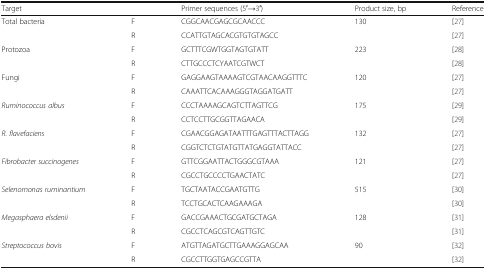
<table><thead><tr><td colspan="2"><b>Target</b></td><td><b>Primer sequences (5′→3′)</b></td><td><b>Product size, bp</b></td><td><b>Reference</b></td></tr></thead><tbody><tr><td rowspan="2">Total bacteria</td><td>F</td><td>CGGCAACGAGCGCAACCC</td><td>130</td><td>[27]</td></tr><tr><td>R</td><td>CCATTGTAGCACGTGTGTAGCC</td><td></td><td>[27]</td></tr><tr><td rowspan="2">Protozoa</td><td>F</td><td>GCTTTCGWTGGTAGTGTATT</td><td>223</td><td>[28]</td></tr><tr><td>R</td><td>CTTGCCCTCYAATCGTWCT</td><td></td><td>[28]</td></tr><tr><td rowspan="2">Fungi</td><td>F</td><td>GAGGAAGTAAAAGTCGTAACAAGGTTTC</td><td>120</td><td>[27]</td></tr><tr><td>R</td><td>CAAATTCACAAAGGGTAGGATGATT</td><td></td><td>[27]</td></tr><tr><td rowspan="2"><i>Ruminococcus albus</i></td><td>F</td><td>CCCTAAAAGCAGTCTTAGTTCG</td><td>175</td><td>[29]</td></tr><tr><td>R</td><td>CCTCCTTGCGGTTAGAACA</td><td></td><td>[29]</td></tr><tr><td rowspan="2"><i>R. flavefaciens</i></td><td>F</td><td>CGAACGGAGATAATTTGAGTTTACTTAGG</td><td>132</td><td>[27]</td></tr><tr><td>R</td><td>CGGTCTCTGTATGTTATGAGGTATTACC</td><td></td><td>[27]</td></tr><tr><td rowspan="2"><i>Fibrobacter succinogenes</i></td><td>F</td><td>GTTCGGAATTACTGGGCGTAAA</td><td>121</td><td>[27]</td></tr><tr><td>R</td><td>CGCCTGCCCCTGAACTATC</td><td></td><td>[27]</td></tr><tr><td rowspan="2"><i>Selenomonas ruminantium</i></td><td>F</td><td>TGCTAATACCGAATGTTG</td><td>515</td><td>[30]</td></tr><tr><td>R</td><td>TCCTGCACTCAAGAAAGA</td><td></td><td>[30]</td></tr><tr><td rowspan="2"><i>Megasphaera elsdenii</i></td><td>F</td><td>GACCGAAACTGCGATGCTAGA</td><td>128</td><td>[31]</td></tr><tr><td>R</td><td>CGCCTCAGCGTCAGTTGTC</td><td></td><td>[31]</td></tr><tr><td><i>Streptococcus bovis</i></td><td>F</td><td>ATGTTAGATGCTTGAAAGGAGCAA</td><td>90</td><td>[32]</td></tr><tr><td></td><td>R</td><td>CGCCTTGGTGAGCCGTTA</td><td></td><td>[32]</td></tr></tbody></table>